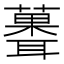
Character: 𫉻